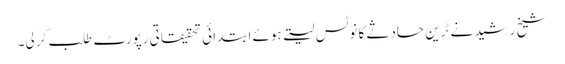
شیخ رشید نے ٹرین حادثے کا نوٹس لیتے ہوئے ابتدائی تحقیقاتی رپورٹ طلب کر لی۔